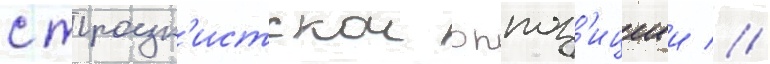
с троцк'истскои оппоз'ициеи //